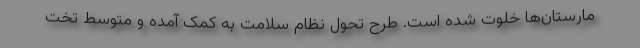
مارستان‌ها خلوت شده است. طرح تحول نظام سلامت به کمک آمده و متوسط تخت